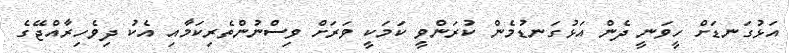
އަޅުގަނޑަށް ހީވަނީ ދެން އަޅުގަނޑުމެން ކުރަންވީ ކަމަކީ ވަރަށް ވިސްނުންތެރިކަމާއި އެކު ދިވެހިރާއްޖޭގެ